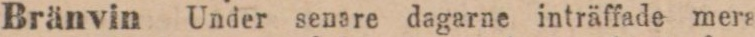
Bränvin Under senare dagarne inträffade mera